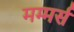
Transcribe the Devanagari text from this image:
मम्मर्स